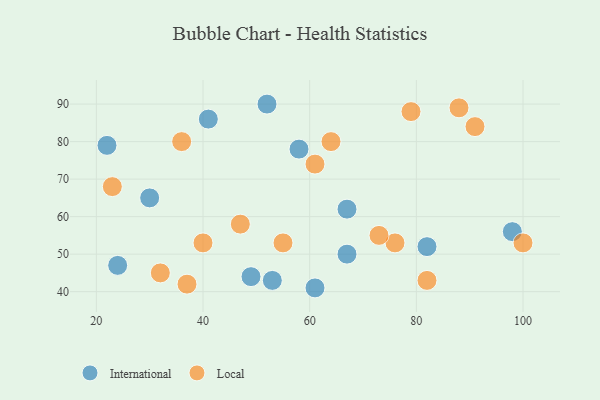
{"axis": {"x": "GDP", "y": "Life Expectancy"}, "legend": ["International", "Local"], "data": [{"x": "22", "y": 79, "type": "International"}, {"x": "61", "y": 41, "type": "International"}, {"x": "58", "y": 78, "type": "International"}, {"x": "52", "y": 90, "type": "International"}, {"x": "82", "y": 52, "type": "International"}, {"x": "30", "y": 65, "type": "International"}, {"x": "49", "y": 44, "type": "International"}, {"x": "98", "y": 56, "type": "International"}, {"x": "53", "y": 43, "type": "International"}, {"x": "41", "y": 86, "type": "International"}, {"x": "67", "y": 62, "type": "International"}, {"x": "67", "y": 50, "type": "International"}, {"x": "24", "y": 47, "type": "International"}, {"x": "82", "y": 43, "type": "Local"}, {"x": "91", "y": 84, "type": "Local"}, {"x": "23", "y": 68, "type": "Local"}, {"x": "55", "y": 53, "type": "Local"}, {"x": "36", "y": 80, "type": "Local"}, {"x": "100", "y": 53, "type": "Local"}, {"x": "76", "y": 53, "type": "Local"}, {"x": "88", "y": 89, "type": "Local"}, {"x": "79", "y": 88, "type": "Local"}, {"x": "47", "y": 58, "type": "Local"}, {"x": "32", "y": 45, "type": "Local"}, {"x": "73", "y": 55, "type": "Local"}, {"x": "40", "y": 53, "type": "Local"}, {"x": "37", "y": 42, "type": "Local"}, {"x": "64", "y": 80, "type": "Local"}, {"x": "61", "y": 74, "type": "Local"}]}